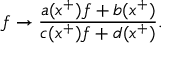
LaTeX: f \rightarrow \frac { a ( x ^ { + } ) f + b ( x ^ { + } ) } { c ( x ^ { + } ) f + d ( x ^ { + } ) } .